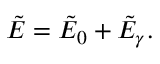
\tilde { E } = \tilde { E } _ { 0 } + \tilde { E } _ { \gamma } .